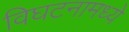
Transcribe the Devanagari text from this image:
विघटनामध्ये